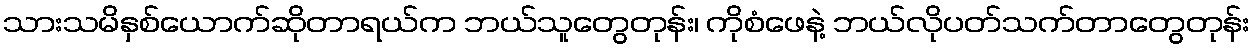
သားသမိနှစ်ယောက်ဆိုတာရယ်က ဘယ်သူတွေတုန်း၊ ကိုစံဖေနဲ့ ဘယ်လိုပတ်သက်တာတွေတုန်း